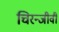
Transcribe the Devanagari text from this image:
चिरन्जीवी